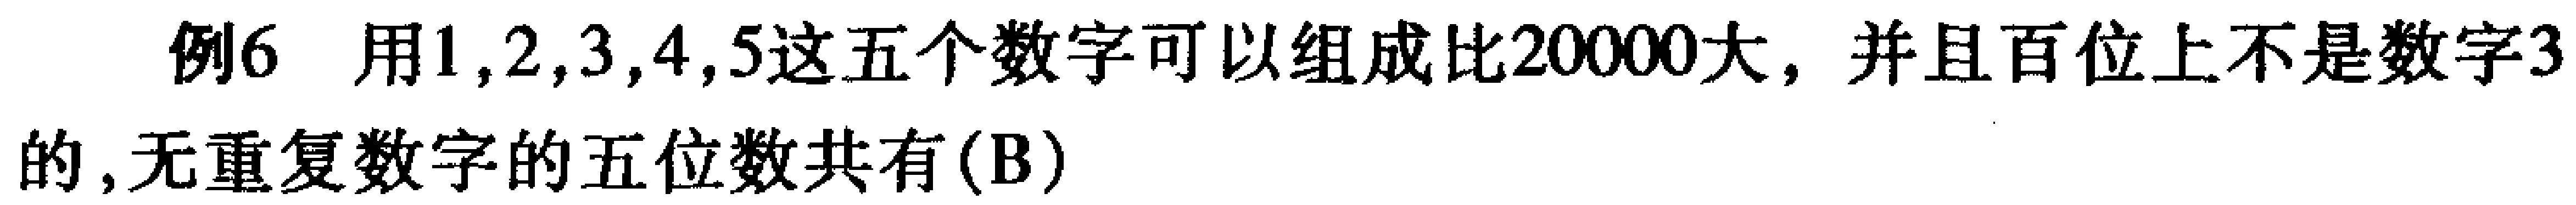
例6 用\(1,2,3,4,5\)这五个数字可以组成比\(20000\)大，并且百位上不是数字\(3\)的，无重复数字的五位数共有\((B)\)